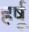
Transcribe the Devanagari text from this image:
हर्षू